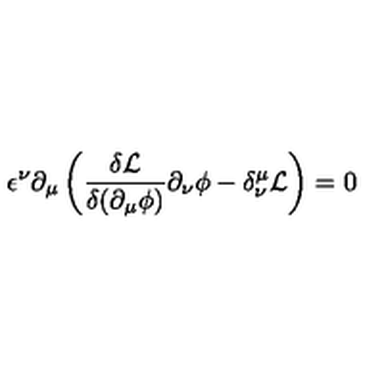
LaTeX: \epsilon ^ { \nu } \partial _ { \mu } \left( \frac { \delta \mathcal { L } } { \delta ( \partial _ { \mu } \phi ) } \partial _ { \nu } \phi - \delta _ { \nu } ^ { \mu } \mathcal { L } \right) = 0